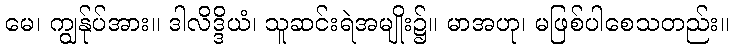
မေ၊ ကျွန်ုပ်အား။ ဒါလိဒ္ဒိယံ၊ သူဆင်းရဲအမျိုး၌။ မာအဟု၊ မဖြစ်ပါစေသတည်း။